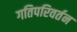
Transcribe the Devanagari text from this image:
गतिपरिवर्तन